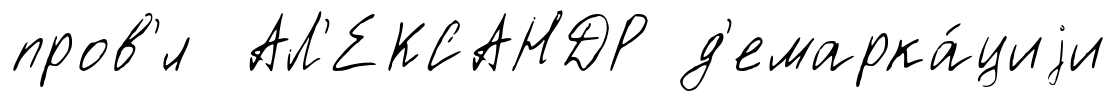
пров'́л АЛ'ЕКСАНДР д'емарка́циjи